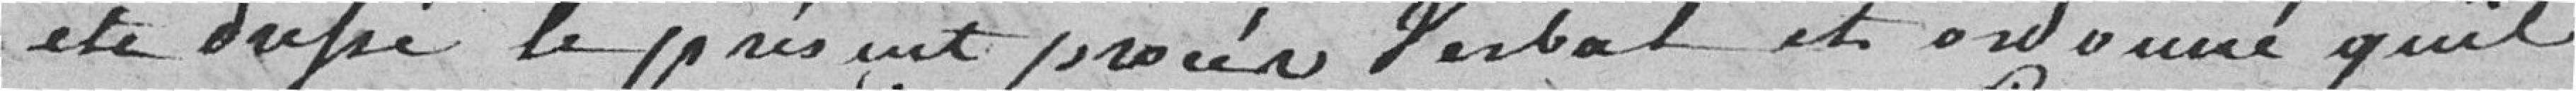
été dressé le présent procès-verbal et ordonné qu'il